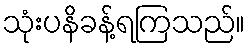
သုံးပနိခန့်ရကြသည်။